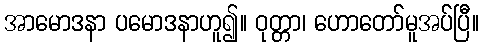
အာမောဒနာ ပမောဒနာဟူ၍။ ဝုတ္တာ၊ ဟောတော်မူအပ်ပြီ။